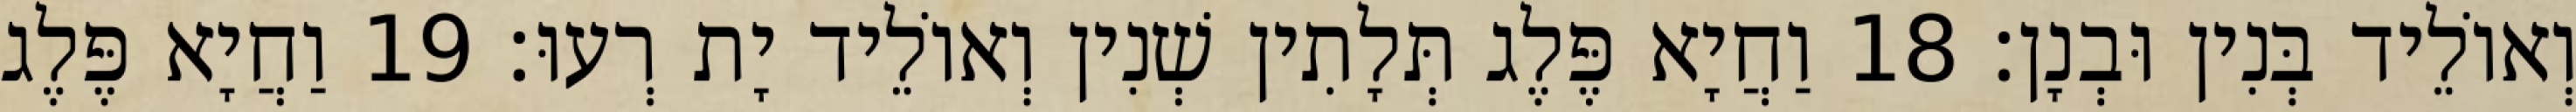
וְאוֹלֵיד בְּנִין וּבְנָן׃ 18 וַחֲיָא פֶּלֶג תְּלָתִין שְׁנִין וְאוֹלֵיד יָת רְעוּ׃ 19 וַחֲיָא פֶּלֶג